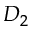
D _ { 2 }